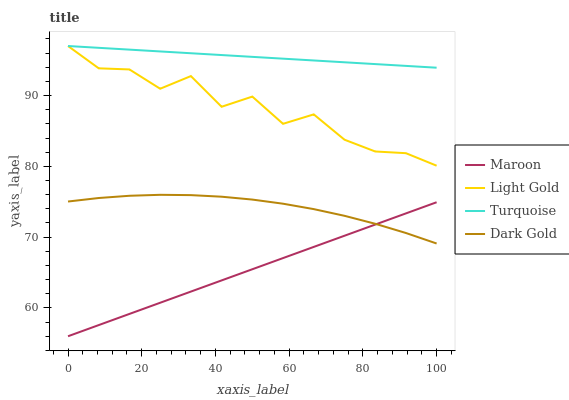
| xaxis_label | Maroon | Light Gold | Turquoise | Dark Gold |
 | --- | --- | --- | --- | --- |
 | 0 | 56 | 97 | 97 | 75 |
 | 8.33 | 57.6 | 93.8 | 96.7 | 75.5 |
 | 16.7 | 59.2 | 93.7 | 96.5 | 75.8 |
 | 25 | 60.7 | 91 | 96.2 | 76 |
 | 33.3 | 62.3 | 92.8 | 96 | 75.9 |
 | 41.7 | 63.9 | 88.4 | 95.7 | 75.7 |
 | 50 | 65.5 | 89.9 | 95.5 | 75.3 |
 | 58.3 | 67 | 86 | 95.2 | 74.7 |
 | 66.7 | 68.6 | 87.3 | 95 | 74 |
 | 75 | 70.2 | 83.8 | 94.7 | 73 |
 | 83.3 | 71.8 | 82.1 | 94.4 | 71.9 |
 | 91.7 | 73.4 | 81.9 | 94.2 | 70.6 |
 | 100 | 74.9 | 80.1 | 93.9 | 69.1 |